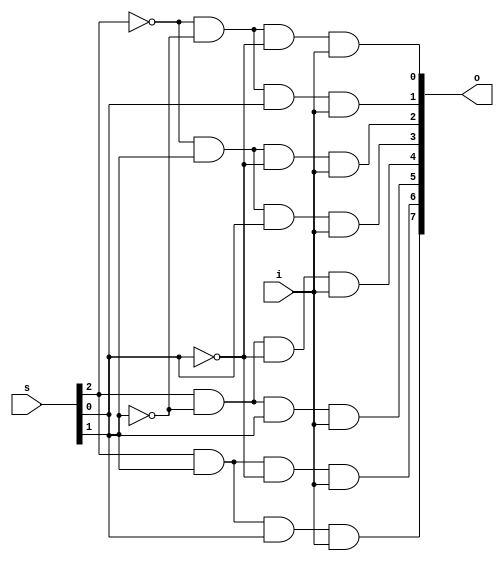
module DMUX (o,s,i);
	input i;
	input [2:0] s;
	output [7:0] o;
	
	and A1(o[0],~s[2],~s[1],~s[0],i);
	and A2(o[1],~s[2],~s[1],s[0],i);
	and A3(o[2],~s[2],s[1],~s[0],i);
	and A4(o[3],~s[2],s[1],s[0],i);
	and A5(o[4],s[2],~s[1],~s[0],i);
	and A6(o[5],s[2],~s[1],s[0],i);
	and A7(o[6],s[2],s[1],~s[0],i);
	and A8(o[7],s[2],s[1],s[0],i);
	
endmodule